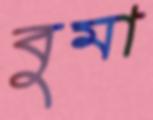
বুমা